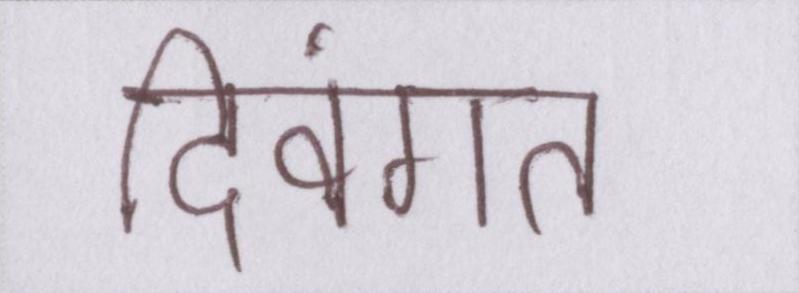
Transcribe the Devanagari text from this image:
दिवंगत